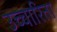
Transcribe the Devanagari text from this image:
उच्चारिता